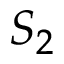
S _ { 2 }